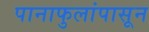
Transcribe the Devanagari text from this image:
पानाफुलांपासून